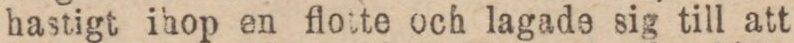
hastigt ihop en flotte och lagade sig till att